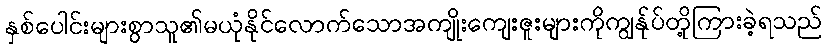
နှစ်ပေါင်းများစွာသူ၏မယုံနိုင်လောက်သောအကျိုးကျေးဇူးများကိုကျွန်ုပ်တို့ကြားခဲ့ရသည်